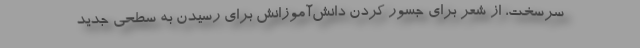
سرسخت، از شعر برای جسور کردن دانش‌آموزانش برای رسیدن به سطحی جدید